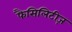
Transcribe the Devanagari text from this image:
फैसिलिटीज़